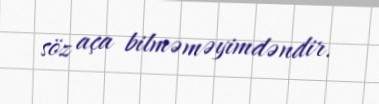
söz aça bilməməyimdəndir.